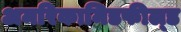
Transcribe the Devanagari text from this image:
अमरिकामिडफील्‍ड